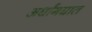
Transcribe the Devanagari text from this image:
अर्धांगघात